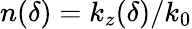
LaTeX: n(\delta)=k_{z}(\delta)/k_{0}